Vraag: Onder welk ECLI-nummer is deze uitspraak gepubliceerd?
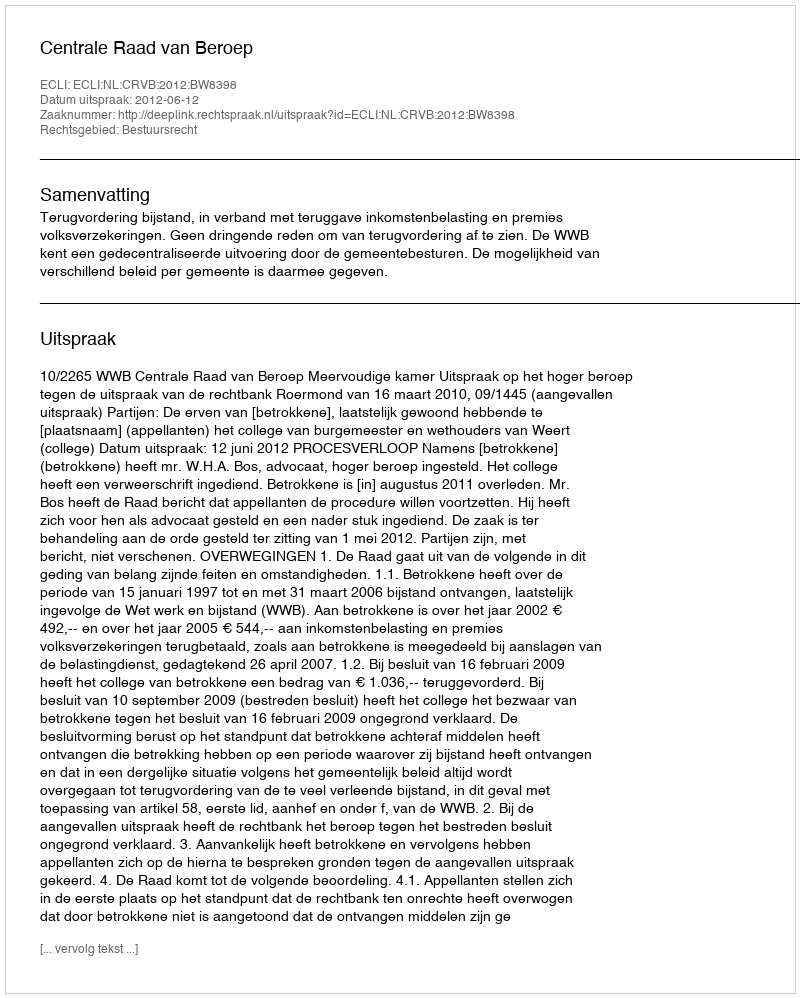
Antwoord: ECLI:NL:CRVB:2012:BW8398